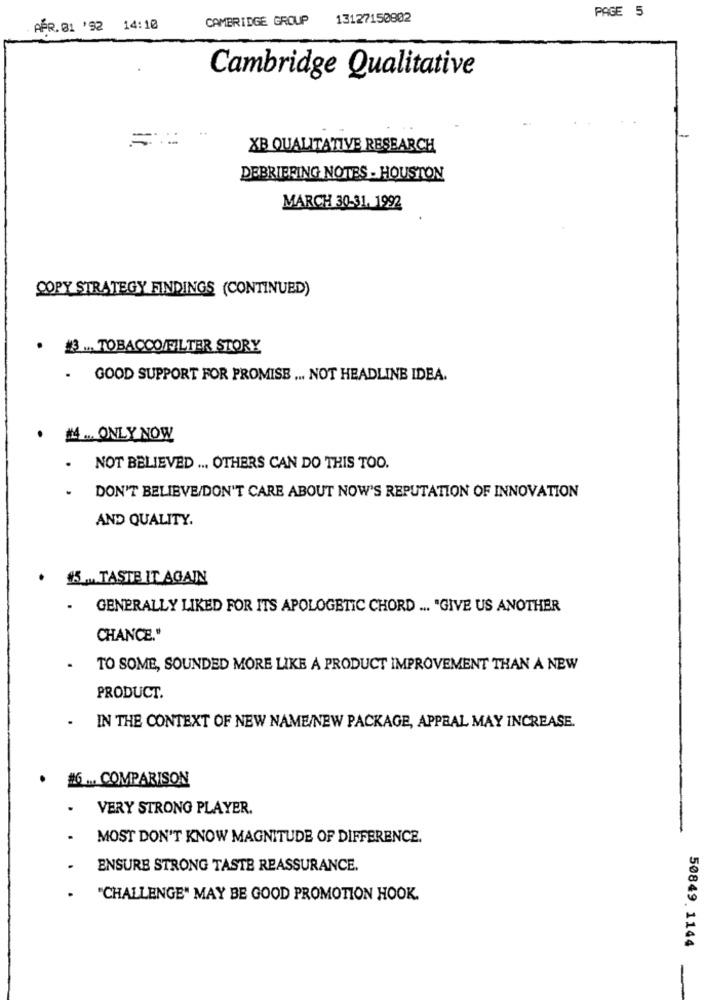
PAGE 5
CAMBRIDGE GROUP
13127150802
APR. 01 '92 14:10
Cambridge Qualitative
XB QUALITATIVE RESEARCH
DEBRIEFING NOTES . HOUSTON
MARCH 30-31, 1992
COPY STRATEGY FINDINGS (CONTINUED)
. 3 .., TOBACCO/FILTER STORY
. GOOD SUPPORT FOR PROMISE ... NOT HEADLINE IDEA.
· #4 ... ONLY NOW
. NOT BELIEVED ... OTHERS CAN DO THIS TOO.
. DON'T BELIEVE/DON'T CARE ABOUT NOW'S REPUTATION OF INNOVATION
AND QUALITY.
. #5 ... TASTE IT AGAIN
.
GENERALLY LIKED FOR ITS APOLOGETIC CHORD ... "GIVE US ANOTHER
CHANCE."
TO SOME, SOUNDED MORE LIKE A PRODUCT IMPROVEMENT THAN A NEW
PRODUCT.
- IN THE CONTEXT OF NEW NAME/NEW PACKAGE, APPBAL MAY INCREASE.
· #6 ... COMPARISON
VERY STRONG PLAYER.
MOST DON'T KNOW MAGNITUDE OF DIFFERENCE.
ENSURE STRONG TASTE REASSURANCE.
"CHALLENGE" MAY BE GOOD PROMOTION HOOK.
50849. 1144